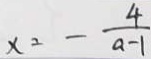
x = - \frac { 4 } { a - 1 }